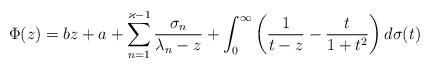
LaTeX: \begin{align*} \Phi(z)= bz + a + \sum_{n=1}^{\varkappa-1}\frac{\sigma_n}{\lambda_n-z} + \int_0^\infty\left(\frac{1}{t-z}-\frac{t}{1+t^2}\right)d\sigma(t) \end{align*}